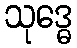
သုဒ္ဓေ